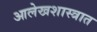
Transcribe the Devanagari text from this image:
आलेखशास्त्रात